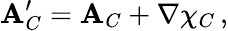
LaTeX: {\mathbf A}_{C}^{\prime}={\mathbf A}_{C}+\nabla\chi_{C}\, ,